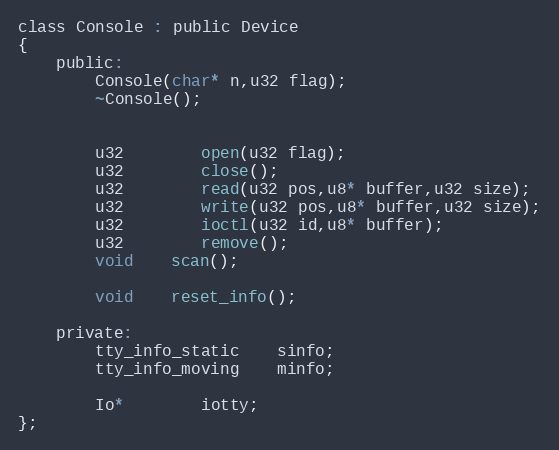
Language: C
class Console : public Device
{
	public:
		Console(char* n,u32 flag);
		~Console();

		u32		open(u32 flag);
		u32		close();
		u32		read(u32 pos,u8* buffer,u32 size);
		u32		write(u32 pos,u8* buffer,u32 size);
		u32		ioctl(u32 id,u8* buffer);
		u32		remove();
		void	scan();

		void	reset_info();

	private:
		tty_info_static	sinfo;
		tty_info_moving	minfo;

		Io*		iotty;
};